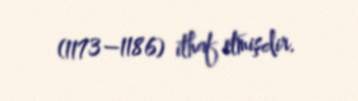
(1173–1186) ithaf etmişdir.